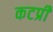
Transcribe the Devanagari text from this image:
कटप्री